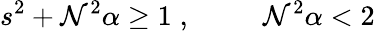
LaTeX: s^{2}+\mathcal{N}^{2}\alpha\geq1\; ,\; \; \; \; \; \; \; \; \; \mathcal{N}^{2}\alpha<2